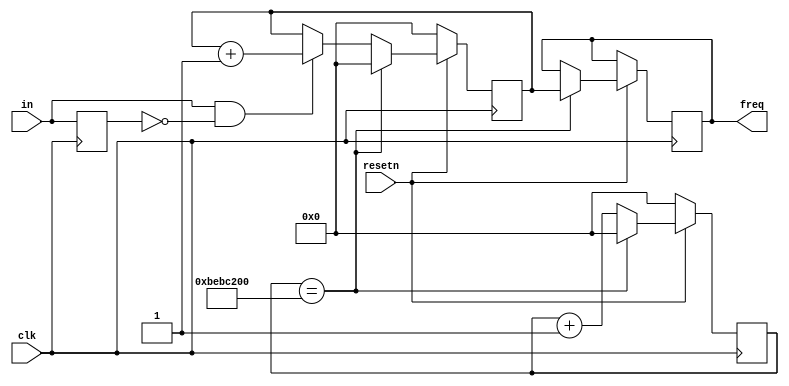
`timescale 1ns / 1ps
//////////////////////////////////////////////////////////////////////////////////
// Module Name: calc_freq.v
// Project Name: calc_freq
// Target Devices: xc7k325tffg900-2
// Tool Versions: vivado 2017.4
// Description: calculate clock frequency
// Revision: 0.0
//////////////////////////////////////////////////////////////////////////////////

module calc_freq
#
(
    parameter CLK_FREQ = 200000000,
    parameter WIDTH = 32
)
(
    input wire clk,
    input wire resetn,
    input wire in,
    output reg [WIDTH-1:0]freq
);


reg [WIDTH-1:0] clk_cnt = {{WIDTH}{1'b0}};
reg [WIDTH-1:0] in_cnt = {{WIDTH}{1'b0}};

reg in_reg = 1'b0;
always @(posedge clk)begin
  if(!resetn)begin
    clk_cnt<={{WIDTH}{1'b0}};
  end
  else if(clk_cnt==CLK_FREQ)begin
    clk_cnt<={{WIDTH}{1'b0}};
  end
  else begin
    clk_cnt<=clk_cnt+1'b1;
  end
end



always @(posedge clk)begin
  in_reg<=in;
end


always @(posedge clk)begin
  if(!resetn)begin
    in_cnt<={{WIDTH}{1'b0}};
  end
  else if(clk_cnt==CLK_FREQ)begin
    in_cnt<={{WIDTH}{1'b0}};
    freq<=in_cnt;
  end
  else if(in&&(!in_reg))begin
    in_cnt<=in_cnt+1'b1;
  end
end


endmodule